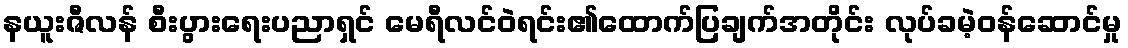
နယူးဇီလန် စီးပွားရေးပညာရှင် မေရီလင်ဝဲရင်း၏ထောက်ပြချက်အတိုင်း လုပ်ခမဲ့ဝန်ဆောင်မှု